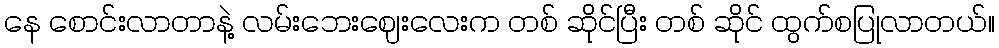
နေ စောင်းလာတာနဲ့ လမ်းဘေးဈေးလေးက တစ် ဆိုင်ပြီး တစ် ဆိုင် ထွက်စပြုလာတယ်။